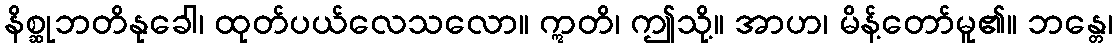
နိစ္ဆုဘတိနုခေါ၊ ထုတ်ပယ်လေသလော။ ဣတိ၊ ဤသို့။ အာဟ၊ မိန့်တော်မူ၏။ ဘန္တေ၊